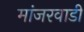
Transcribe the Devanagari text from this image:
मांजरवाडी